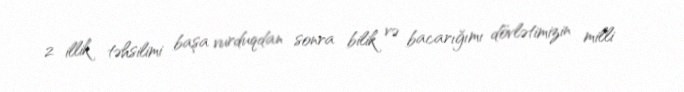
2 illik təhsilimi başa vurduqdan sonra bilik və bacarığımı dövlətimizin milli